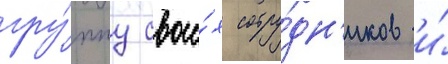
гру́ппу свои́х сотру́дн'иков и́